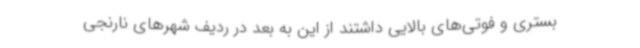
بستری و فوتی‌های بالایی داشتند از این به بعد در ردیف شهرهای نارنجی